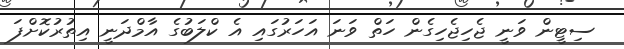
ސިޓީން ވަނީ ޖެހިޖެހިގެން ހަތް ވަނަ އަހަރުގައި އެ ކްލަބުގެ އާމްދަނީ އިތުރުކޮށްފަ